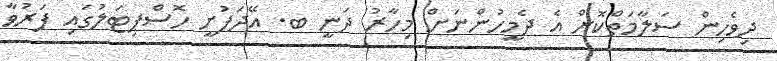
ދިވެހިން ސަލާމަތްކޮށް އެ ދެމީހުންނަށް މިހާރު ދަނީ ބ. އޭދަފުށީ ހޮސްޕިޓަލުގައި ފަރުވާ